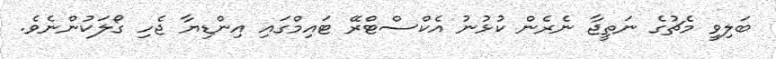
ބަލިވީ މެޗުގެ ނަތީޖާ ނެރެން ކުޅުނު އެކްސްޓްރޭ ޓައިމްގައި އިންޑިޔާ ޖެހި ގޯލަކުންނެވެ.